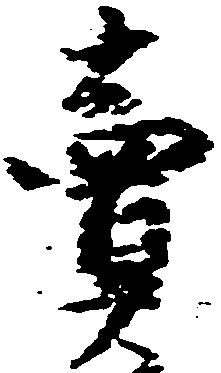
売